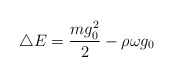
\begin{align*}\bigtriangleup E=\frac{mg_{0}^2}{2}-\rho\omega g_0\end{align*}